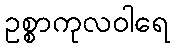
ဥစ္စာကုလဝါရေ